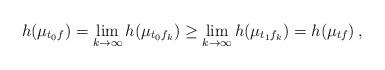
LaTeX: \begin{align*}h(\mu_{t_0f}) = \lim_{k \to \infty}h(\mu_{t_0f_k}) \geq \lim_{k \to \infty}h(\mu_{t_1f_k}) = h(\mu_{tf})\,,\end{align*}